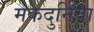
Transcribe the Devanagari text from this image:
मकदुनिया